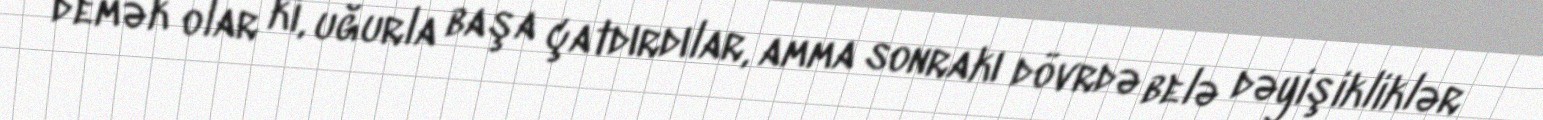
demək olar ki, uğurla başa çatdırdılar, amma sonrakı dövrdə belə dəyişikliklər